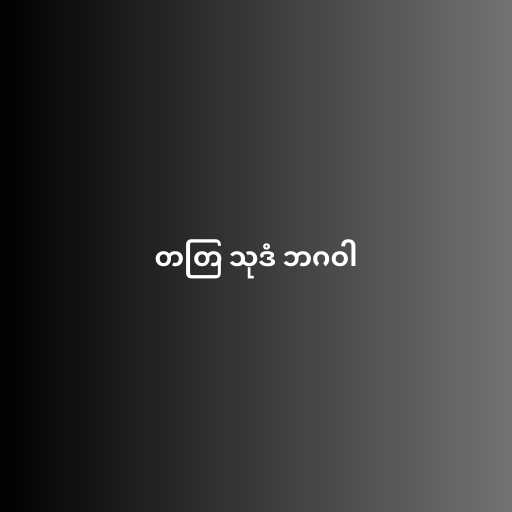
တတြ သုဒံ ဘဂဝါ